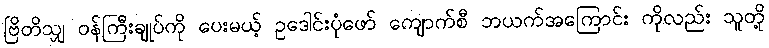
ဗြိတိသျှ ဝန်ကြီးချုပ်ကို ပေးမယ့် ဥဒေါင်းပုံဖော် ကျောက်စီ ဘယက်အကြောင်း ကိုလည်း သူတို့